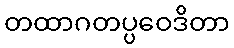
တထာဂတပ္ပဝေဒိတာ